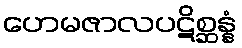
ဟေမဇာလပဋိစ္ဆန္နံ